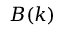
B ( \boldsymbol { k } )